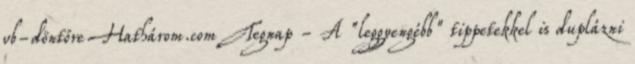
vb-döntőre Hathárom.com Tegnap - A "leggyengébb" tippetekkel is duplázni